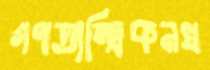
গণতান্ত্রিকনখ